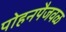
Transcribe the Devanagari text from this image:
पोहनपैजवळ